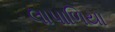
લાપાળિયા